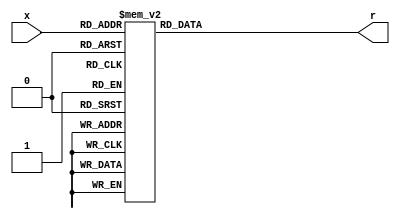
`timescale 1ns / 1ps
//////////////////////////////////////////////////////////////////////////////////
// Company: 
// Engineer: 
// 
// Design Name: 
// Module Name: hex_to_sseg
// Project Name: 
// Target Devices: 
// Tool Versions: 
// Description: 
// 
// Dependencies: 
// 
// Revision:
// Revision 0.01 - File Created
// Additional Comments:
// 
//////////////////////////////////////////////////////////////////////////////////


module hex_to_sseg(
    input [3:0] x,
    output reg [6:0] r
    );

    always @(*)
        case (x)                        //  4'bxxxx: r =    gfedcba;
            4'b0000: r = 7'b1000000;    //  x0 = x40
            4'b0001: r = 7'b1111001;    //  x1 = x79
            4'b0010: r = 7'b0100100;    //  x2 = x24
            4'b0011: r = 7'b0110000;    //  x3 = x30
            4'b0100: r = 7'b0011001;    //  x4 = x19
            4'b0101: r = 7'b0010010;    //  x5 = x12
            4'b0110: r = 7'b0000010;    //  x6 = x02
            4'b0111: r = 7'b1111000;    //  x7 = x78
            4'b1000: r = 7'b0000000;    //  x8 = x00
            4'b1001: r = 7'b0010000;    //  x9 = x10
            4'b1010: r = 7'b0001000;    //  xA = x08
            4'b1011: r = 7'b0000011;    //  xB = x03
            4'b1100: r = 7'b1000110;    //  xC = x46
            4'b1101: r = 7'b0100001;    //  xD = x21
            4'b1110: r = 7'b0000110;    //  xE = x06
            4'b1111: r = 7'b0001110;    //  xF = x0E
        endcase
endmodule